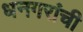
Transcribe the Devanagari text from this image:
धनगरांची